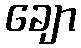
ချော